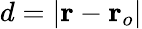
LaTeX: d=\vert\mathbf{r}-\mathbf{r}_{o}\vert